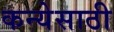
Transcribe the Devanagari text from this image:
कन्येसाठी